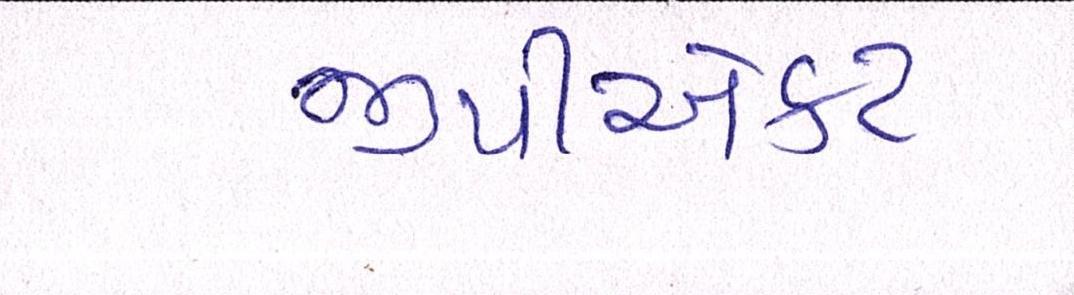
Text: જીપીએકટ